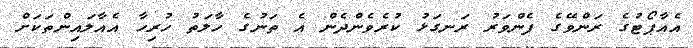
އެއާޕޯޓުގެ ރަންވޭގެ ފެންވަރު ރަނގަޅު ކުރެވެންދެން އެ ތަނުގެ ހާލަތު ހުރިހާ އެއާލައިންތަކަށް